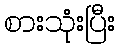
စားသုံးပြီး